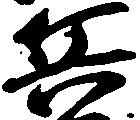
兵